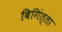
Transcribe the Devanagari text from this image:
बिगिंत्ता